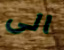
الى